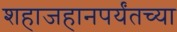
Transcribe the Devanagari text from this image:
शहाजहानपर्यंतच्या